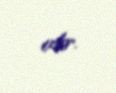
edir.